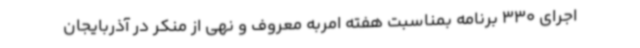
اجرای 330 برنامه بمناسبت هفته امربه معروف و نهی از منکر در آذربایجان